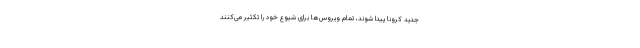
جدید کرونا پیدا شوند، تمام ویروس‌ها برای شیوع خود را تکثیر می‌کنند